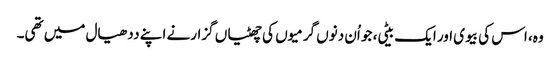
وہ، اس کی بیوی اور ایک بیٹی، جو اُن دنوں گرمیوں کی چھٹیاں گزارنے اپنے ددھیال میں تھی۔